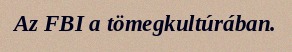
Az FBI a tömegkultúrában.